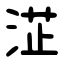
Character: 淽